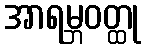
အာရမ္ဘဝတ္ထု